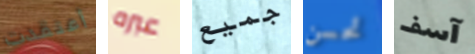
أعتقدت عبره جميع تحسن آسف